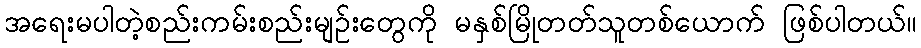
အရေးမပါတဲ့စည်းကမ်းစည်းမျဉ်းတွေကို မနှစ်မြိုတတ်သူတစ်ယောက် ဖြစ်ပါတယ်။